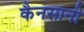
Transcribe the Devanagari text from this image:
कैनसानी